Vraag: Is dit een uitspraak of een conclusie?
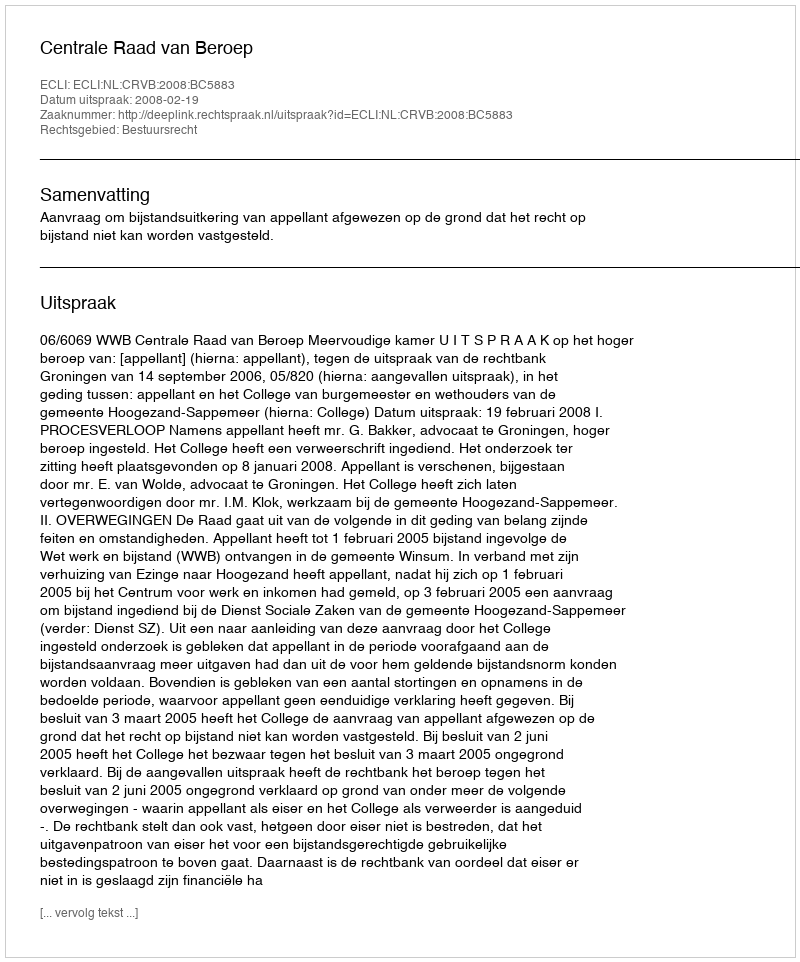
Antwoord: Uitspraak